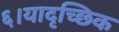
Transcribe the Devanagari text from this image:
६।यादृच्छिक